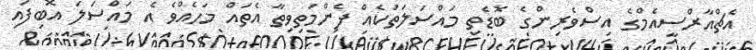
އެޗްއާރްސީއެމްގެ އިސްވެރިންގެ ބޮޑެތި މައްސަލަތަކެއް ފެންމަތިވިތާ އެތައް މަހެއްވެ އެ މައްސަލަ އޮބިފައި